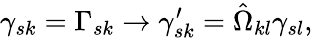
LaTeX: \gamma_{sk}=\Gamma_{sk}\rightarrow\gamma_{sk}^{\prime}=\hat{\Omega}_{kl}\gamma_{sl},